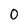
Character: 0